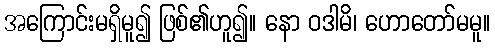
အကြောင်းမရှိမူ၍ ဖြစ်၏ဟူ၍။ နော ဝဒါမိ၊ ဟောတော်မမူ။